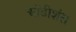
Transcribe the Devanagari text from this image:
ऑडीशंस